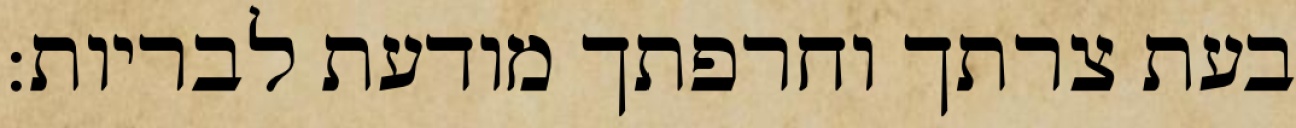
בעת צרתך וחרפתך מודעת לבריות: